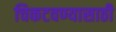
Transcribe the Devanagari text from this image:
चिकटवण्यासाठी